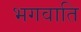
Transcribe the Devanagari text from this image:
भगवाति